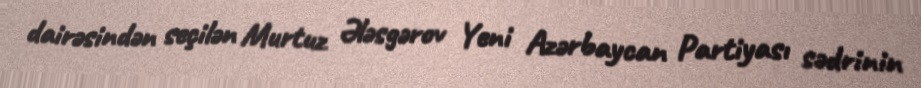
dairəsindən seçilən Murtuz Ələsgərov Yeni Azərbaycan Partiyası sədrinin